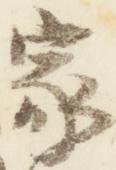
家